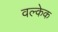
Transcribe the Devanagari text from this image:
वल्केक